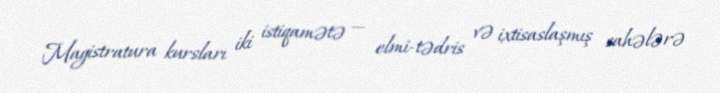
Magistratura kursları iki istiqamətə — elmi-tədris və ixtisaslaşmış sahələrə